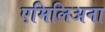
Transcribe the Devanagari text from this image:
एमिलिअना